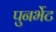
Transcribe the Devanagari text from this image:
पुनर्भेट